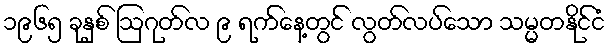
၁၉၆၅ ခုနှစ် ဩဂုတ်လ ၉ ရက်နေ့တွင် လွတ်လပ်သော သမ္မတနိုင်ငံ